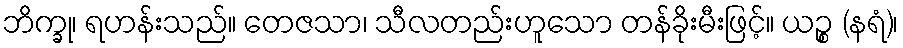
ဘိက္ခု၊ ရဟန်းသည်။ တေဇသာ၊ သီလတည်းဟူသော တန်ခိုးမီးဖြင့်။ ယဉ္စ (နရံ)၊